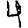
Digit: 4